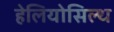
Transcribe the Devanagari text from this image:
हेलियोसिल्थ